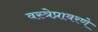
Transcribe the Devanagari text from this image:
वस्त्रेप्रावरणे